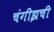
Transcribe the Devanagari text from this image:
चंगीझची